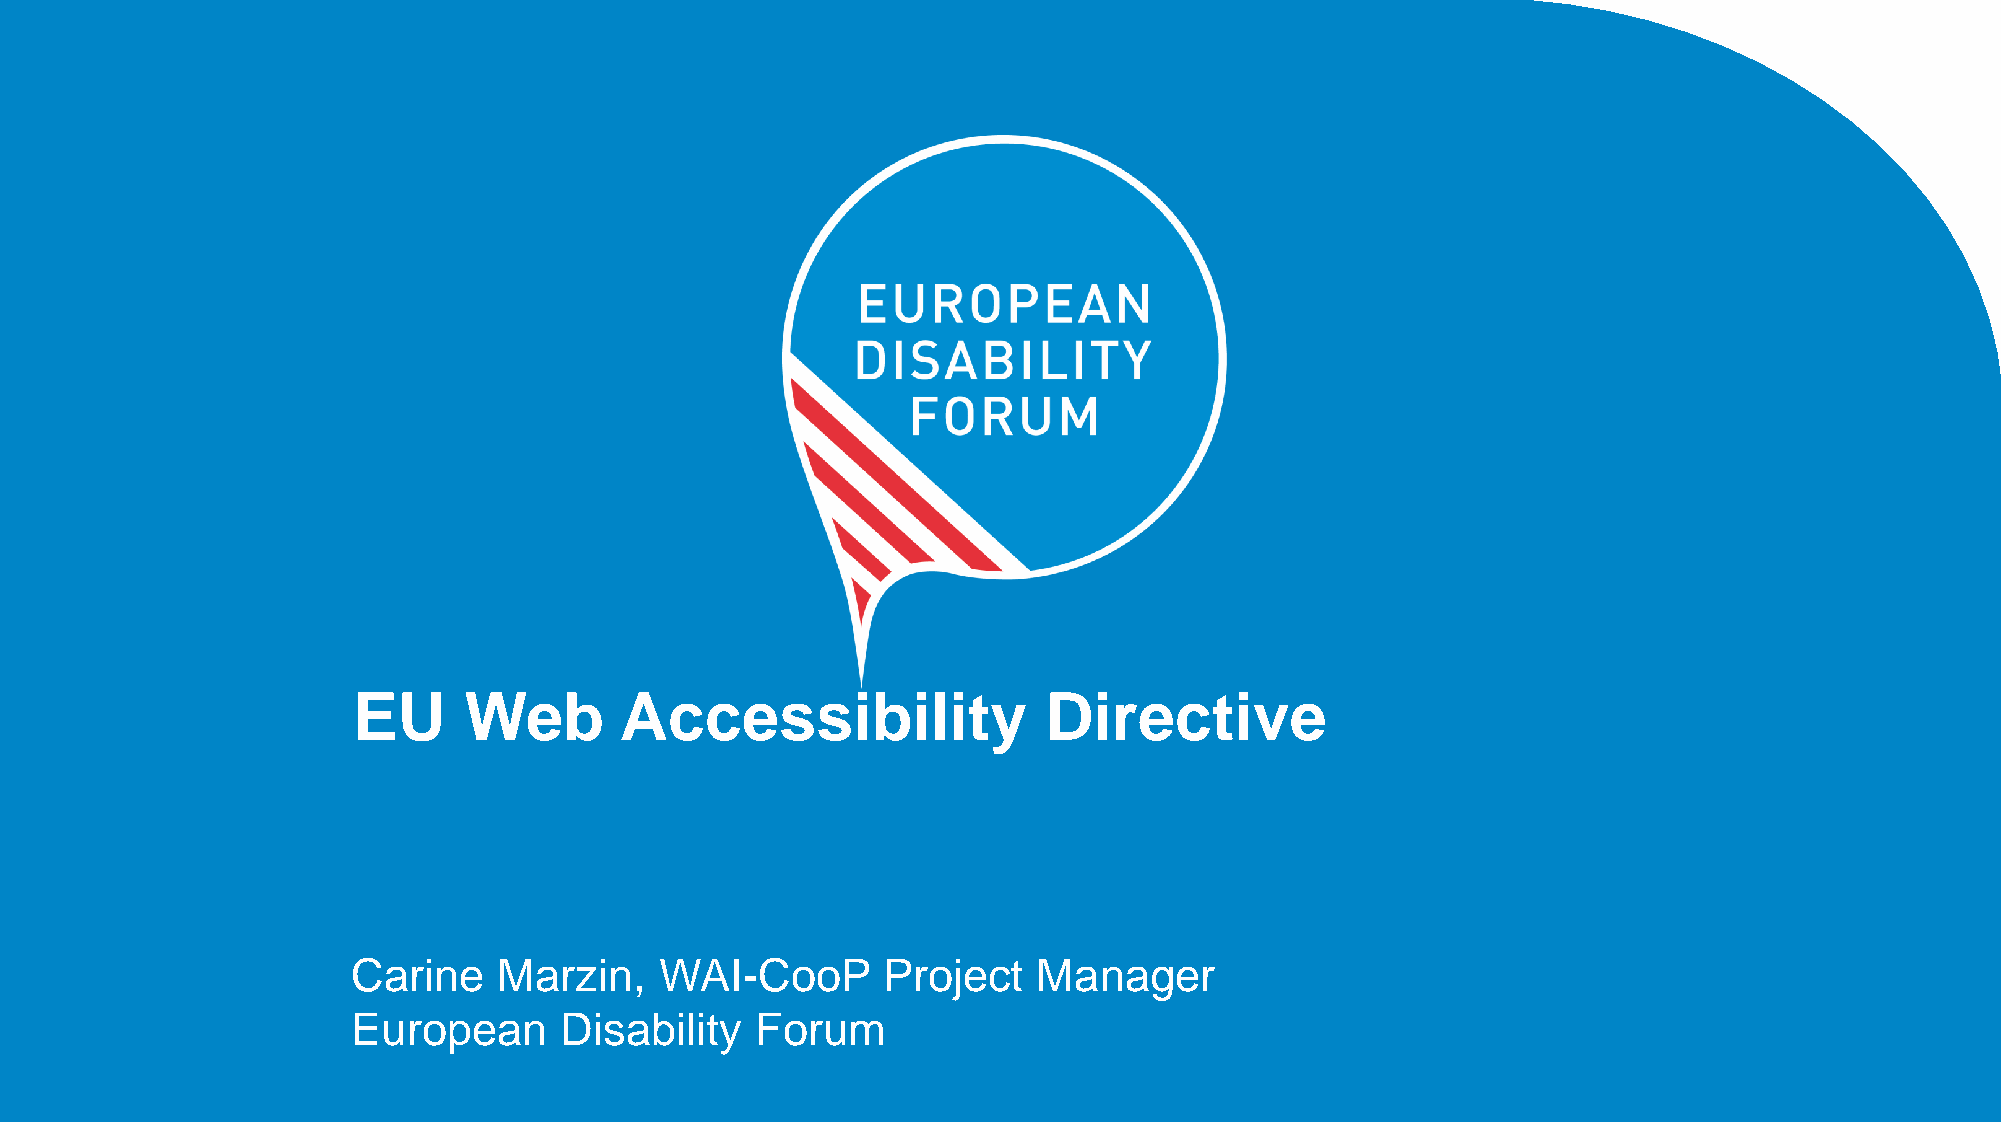
EU      Web       Accessibility               Directive
 Carine    Marzin,    WAI-CooP      Project    Manager
 European      Disability   Forum